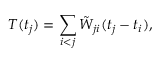
T ( t _ { j } ) = \sum _ { i < j } \tilde { W } _ { j i } ( t _ { j } - t _ { i } ) ,